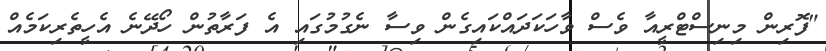
"ފޮރިން މިނިސްޓްރީއާ ވެސް ވާހަކަދައްކައިގެން ވިސާ ނެގުމުގައި އެ ފަރާތުން ހޯދޭނެ އެހީތެރިކަމެއް